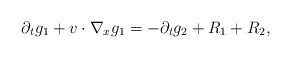
LaTeX: \begin{align*}\partial_t g_1 +v\cdot \nabla_x g_1 =-\partial_t g_2 + R_1+ R_2,\end{align*}